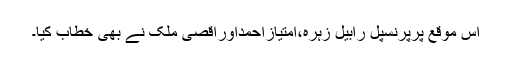
اس موقع پرپرنسپل رابیل زہرہ،امتیازاحمداوراقصیٰ ملک نے بھی خطاب کیا۔